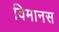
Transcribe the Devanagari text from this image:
विमानस